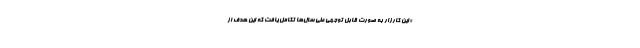
«این کارزار به صورت قابل توجهی طی سال‌ها تکامل یافت که این هدف از